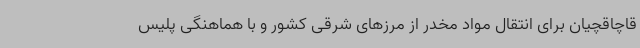
قاچاقچیان برای انتقال مواد مخدر از مرزهای شرقی کشور و با هماهنگی پلیس